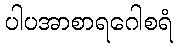
ပါပအာစာရဂေါစရံ